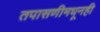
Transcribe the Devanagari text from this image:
तपासणीमधूनही